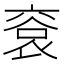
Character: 䘱